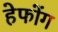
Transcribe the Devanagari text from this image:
हेफोंग